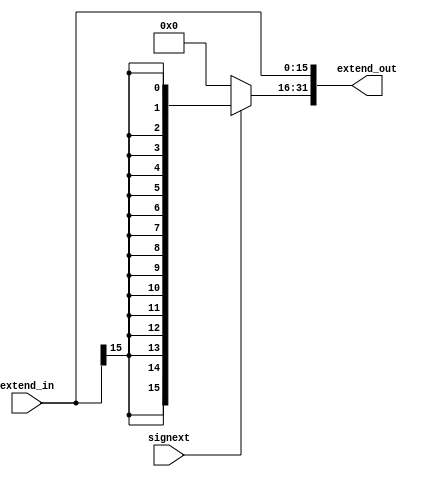
module EXTEND (
    output  wire    [31:0]  extend_out  ,
    input   wire    [15:0]  extend_in   ,
    input   wire            signext     
);
    assign extend_out[15:0] = extend_in;
    assign extend_out[31:16] = signext ? {16{extend_in[15]}} : 16'b0;
endmodule